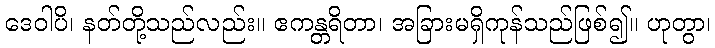
ဒေဝါပိ၊ နတ်တို့သည်လည်း။ ဧကန္တရိတာ၊ အခြားမရှိကုန်သည်ဖြစ်၍။ ဟုတွာ၊